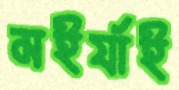
মইর্যাই